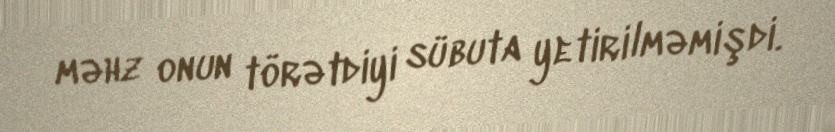
məhz onun törətdiyi sübuta yetirilməmişdi.